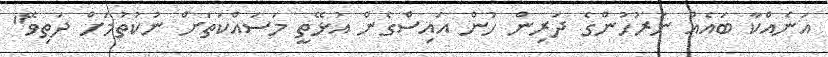
އަނެއްކާ ބައެއް ނަރުހުންގެ ދަރިން ހުން އައިސްގެން އުޅޭތީ މަސައްކަތަށް ނުކުތުމަށް ދަތިވޭ"